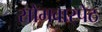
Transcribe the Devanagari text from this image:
सोमवारपेठ